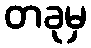
တခုမှ